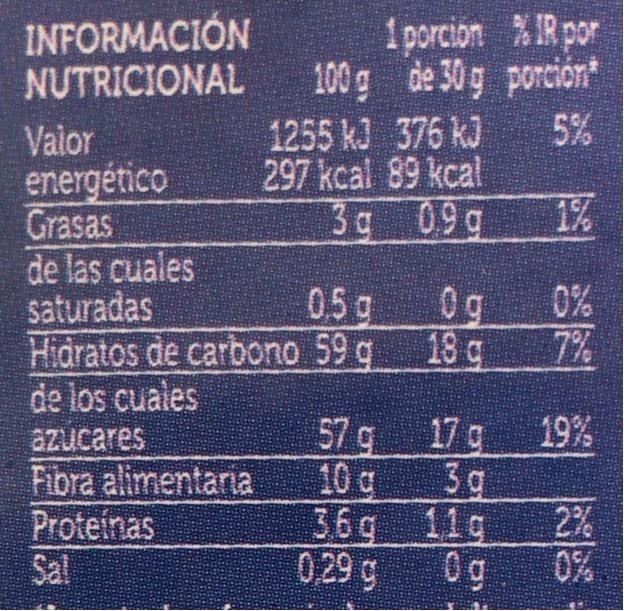
INFORMACIÓN NUTRICIONAL
1 porción % IR por 100g de 30 g porción* 5%
1255 kJ 376 kJ 297 kcal 89 kcal 3g 09g
Valor energético Grasas de las cuales saturadas Hidratos de carbono 59 q de los cuales azucares Fibra alimentaria Proteinas Sal
1%
0.5g
0g
0%
18 g
7%
57 g
17g 19%
10 g
3g
36 g 11g
2%
029 g
0g
0%